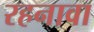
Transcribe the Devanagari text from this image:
रहनावा